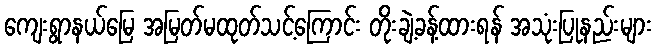
ကျေးရွာနယ်မြေ အမြတ်မထုတ်သင့်ကြောင်း တိုးချဲ့ခန့်ထားရန် အသုံးပြုနည်းများ